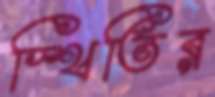
স্থিতির